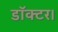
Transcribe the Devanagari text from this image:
डाॅक्टर।